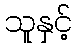
သူနှင့်